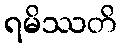
ရမိဿတိ